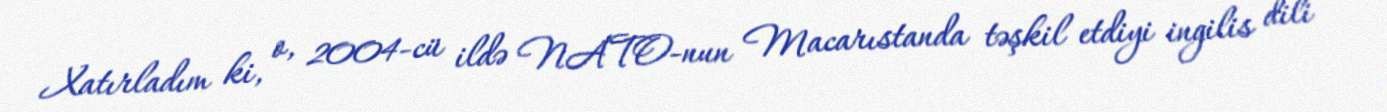
Xatırladım ki, o, 2004-cü ildə NATO-nun Macarıstanda təşkil etdiyi ingilis dili